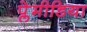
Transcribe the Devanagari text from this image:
प्लेमीडिया